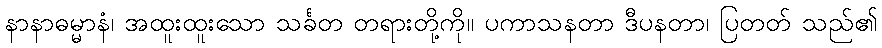
နာနာဓမ္မာနံ၊ အထူးထူးသော သင်္ခတ တရားတို့ကို။ ပကာသနတာ ဒီပနတာ၊ ပြတတ် သည်၏